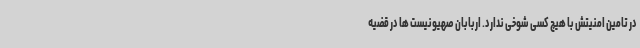
در تامین امنیتش با هیچ کسی شوخی ندارد. اربابان صهیونیست ها در قضیه